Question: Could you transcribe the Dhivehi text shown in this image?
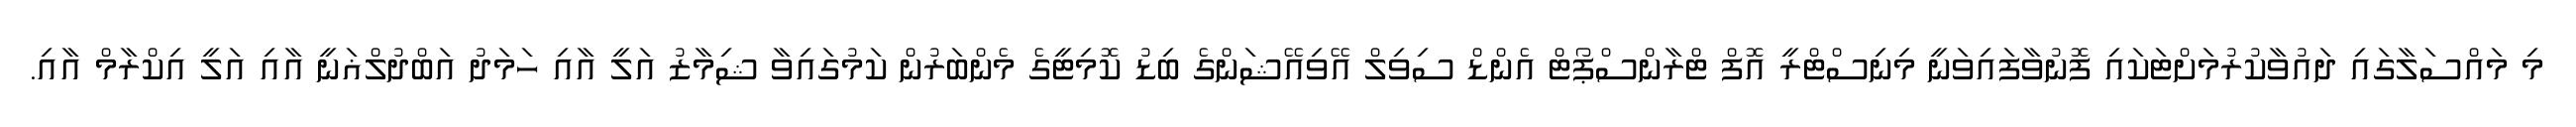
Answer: މި މައްސަލާގައި ދައުވާކުރުމަށްޓަކައި ފޮނުވާފައިވަނީ މިނިސްޓްރީ އޮފް ޓްރާންސްޕޯޓް އެންޑް ސިވިލް އޭވިއޭޝަންގެ ބިޑު ކޮމިޓީގެ މެންބަރުން ކަމުގައިވާ ޝިމާޒު އަލީ އާއި ހަމަދު އަބްދުލްޣަނީ އާއި އަލީ އިކްރާމް އާއި.